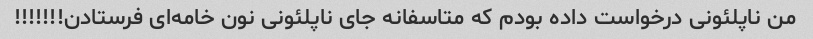
من ناپلئونی درخواست داده بودم که متاسفانه جای ناپلئونی نون خامه‌ای فرستادن!!!!!!!